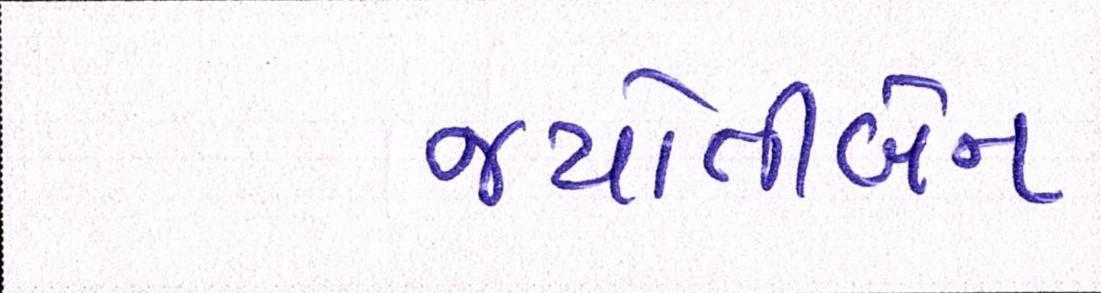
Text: જયોતીબેન